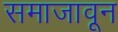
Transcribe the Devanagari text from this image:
समाजावून